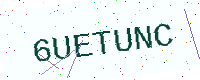
Text: 6UETUNC